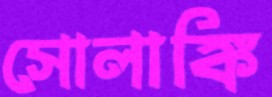
সোলাঙ্কি